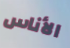
الأناس